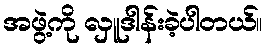
အဖွဲ့ကို လှူဒါန်းခဲ့ပါတယ်။